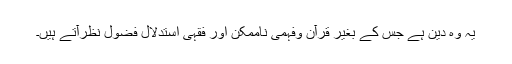
یہ وہ دین ہے جس کے بغیر قرآن وفہمی ناممکن اور فقہی استدلال فضول نظرآتے ہیں۔